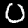
Digit: 0